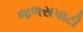
જળસપાટી